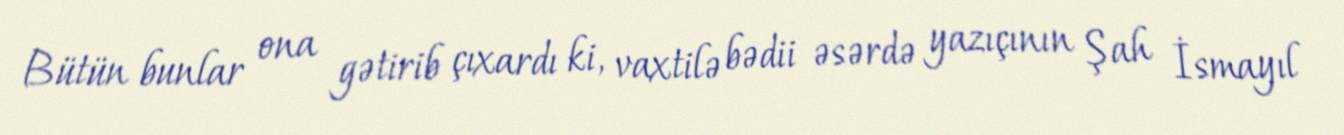
Bütün bunlar ona gətirib çıxardı ki, vaxtilə bədii əsərdə yazıçının Şah İsmayıl